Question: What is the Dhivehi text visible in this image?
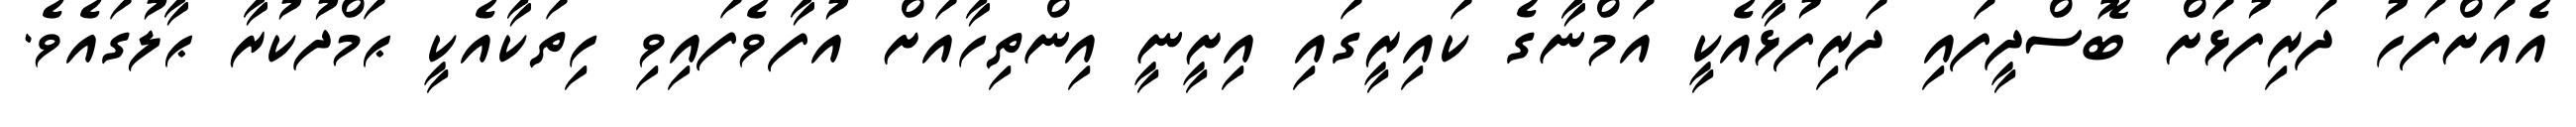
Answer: އެއަށްފަހު ދަރިފުޅަށް ބޮސްދީފައި ދަރިފުޅާއެކީ އަމްނާގެ ކައިރީގައި އިށީނީ އިންތިހާއަށް އުފާވެފައިވި ހިތަކާއެކީ ޙަމްދުކުރާ ޙާލުގައެވެ.